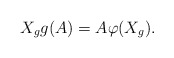
\begin{align*} X_g g(A) = A \varphi (X_g).\end{align*}